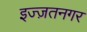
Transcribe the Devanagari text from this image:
इज्ज़तनगर